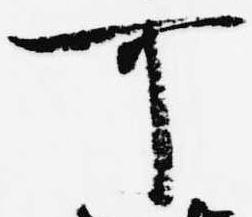
可